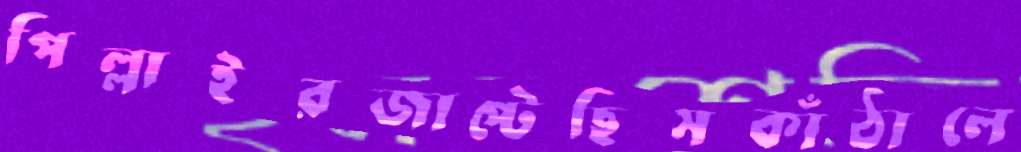
পিল্লাইরজাপ্‌টেছিসকাঁঠালে